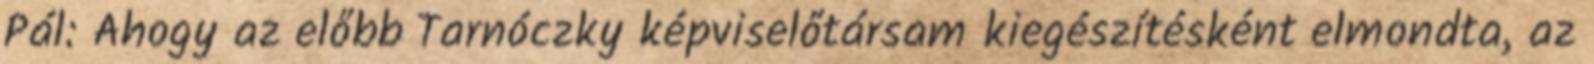
Pál: Ahogy az előbb Tarnóczky képviselőtársam kiegészítésként elmondta, az